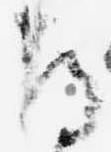
尋